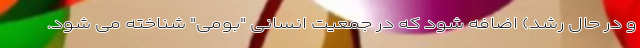
و در حال رشد) اضافه شود که در جمعیت انسانی "بومی" شناخته می شود.